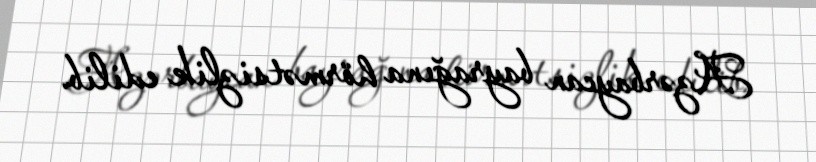
Azərbaycan bayrağına hörmətsizlik edilib.